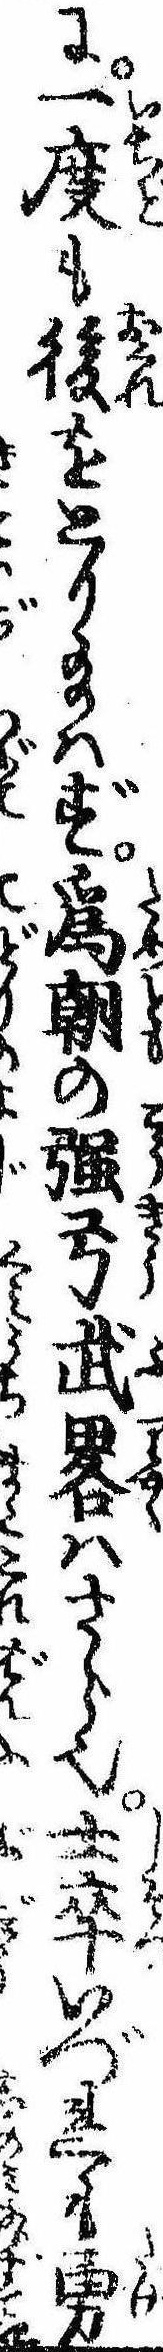
に一度も後をとり給はず為朝の強弓武略はさら也士卒いづれも勇